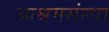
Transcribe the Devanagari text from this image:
आश्रमसंस्था